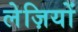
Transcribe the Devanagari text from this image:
लेज़ियों